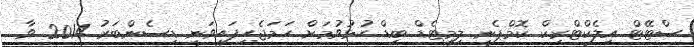
ސްޓޭޓް އިލެކްޓްރިކް ކޮމްޕެނީ ލިމިޓެޑް ބިޑް ހުޅުވުމަށް ހަމަޖެހިފައިވަނީ ޑިސެންބަރު 2014 ވާ